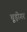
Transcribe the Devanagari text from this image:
चूड़ीगर